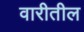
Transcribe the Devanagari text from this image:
वारीतील